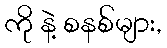
ကို နဲ့ စနစ်များ,